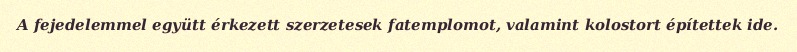
A fejedelemmel együtt érkezett szerzetesek fatemplomot, valamint kolostort építettek ide.